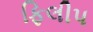
ફિલીપ